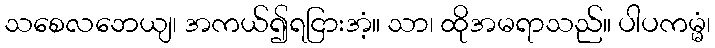
သစေလဘေယျ၊ အကယ်၍ရငြားအံ့။ သာ၊ ထိုအမရာသည်။ ပါပကမ္မံ၊